Vaccination in Burma 1920-1933 - 1920-1933
Year: 1920
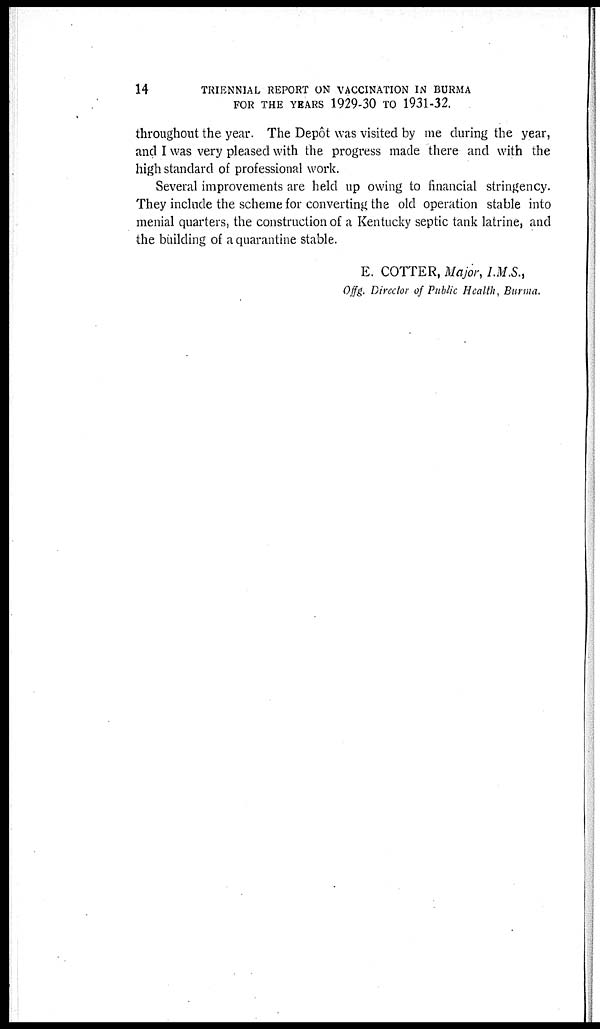
14
TRIENNIAL REPORT ON VACCINATION IN BURMA
FOR THE YEARS1929-30 TO1931-32.
throughout the year. The Depôt was visited by me during the year,
and I was very pleased with the progress made there and with the
high standard of professional work.
Several improvements are held up owing to financial stringency.
They include the scheme for converting the old operation stable into
menial quarters, the construction of a Kentucky septic tank latrine, and
the building of a quarantine stable.
E. COTTER, Major, I.M.S.,
Offg. Director of Public Health, Burma.